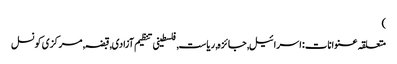
)
متعلقہ عنوانات‬:اسرائیل, جائزہ, ریاست, فلسطینی تنظیم آزادی, قبضہ, مرکزی کونسل